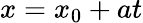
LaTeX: x=x_{0}+at